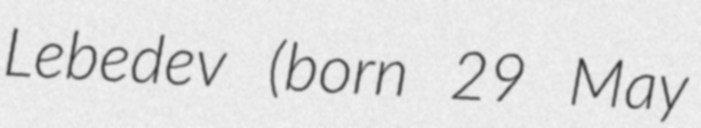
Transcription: Lebedev (born 29 May